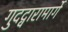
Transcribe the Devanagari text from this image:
गुदद्वारामार्गे